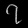
Digit: ၇